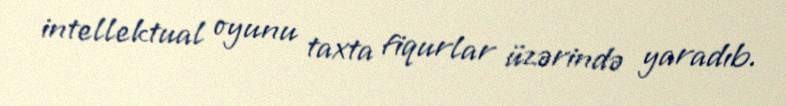
intellektual oyunu taxta fiqurlar üzərində yaradıb.